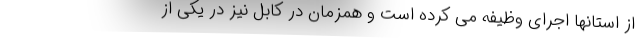
از استانها اجرای وظیفه می کرده است و همزمان در کابل نیز در یکی از